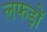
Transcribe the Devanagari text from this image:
लफड़ों